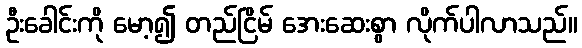
ဦးခေါင်းကို မော့၍ တည်ငြိမ် အေးဆေးစွာ လိုက်ပါလာသည်။